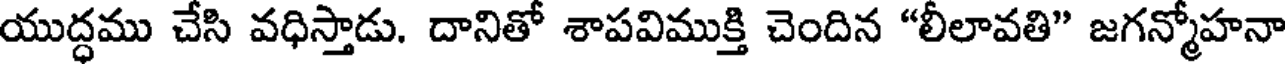
యుద్ధము చేసి వధిస్తాడు. దానితో శాపవిముక్తి చెందిన "లీలావతి" జగన్మోహనా